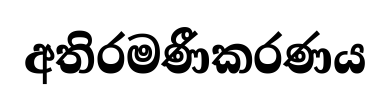
අතිරමණීකරණය